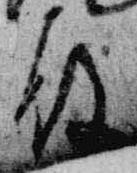
殿